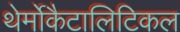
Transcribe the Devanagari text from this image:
थेर्मोकैटालिटिकल